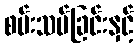
စမ်းသပ်ခြင်းနှင့်